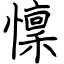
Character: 懍